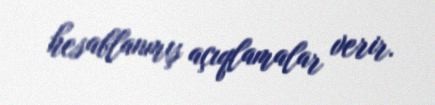
hesablanmış açıqlamalar verir.